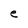
Character: e